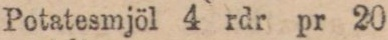
Potatesmjöl 4 rdr pr 20